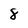
Character: 8